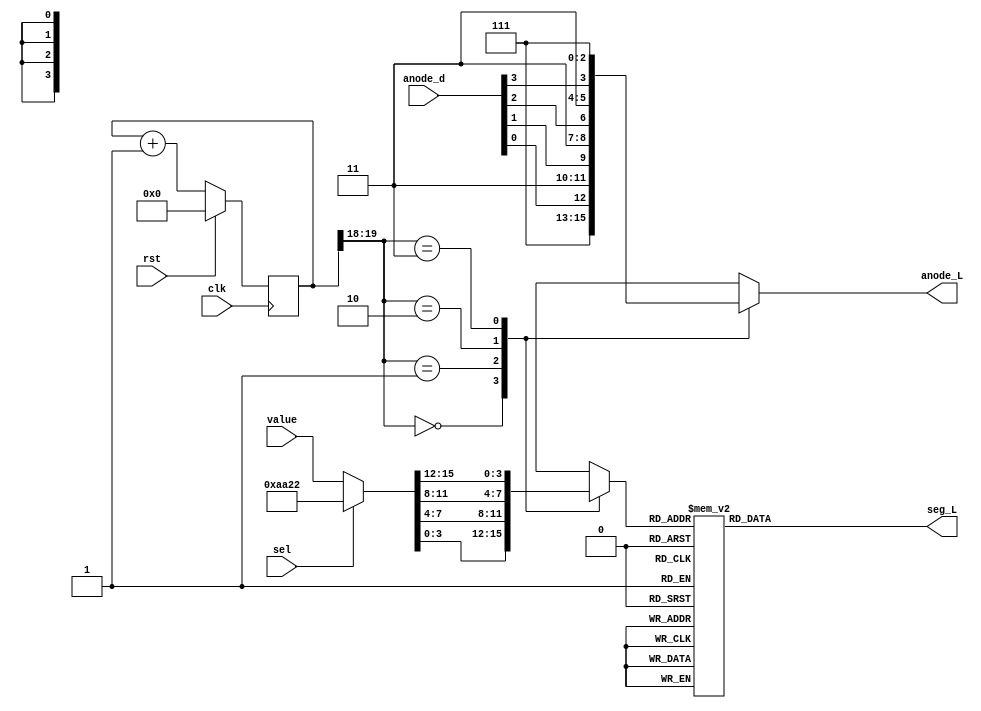
module seg7_driver(
    input clk,                  // 100Mz system clock
    input rst,                  // Active high rst
    input sel,                  // The sel input
    input [15:0] value,       // the 4 digits to be displayed (each 4-bits)
    input [3:0] anode_d,        // active low 4-bit anode driver. 0000 turns all ON.
    output reg [6:0] seg_L,     // 7-bit active low segment
    output reg [3:0] anode_L    // anode driver output to select the correct 7 seg display
    );

	wire [1:0] seg7_clk;
	wire [15:0] value_sel;
	reg [19:0] count;      
    reg [3:0] selnum;

    // This always block and the following assign statement generate
    // The Two bit SLOW clock, from the 100MHz system clock (clk) for the 7 seg anodes
    always@(posedge(clk))
	   if (rst)        // rst is the middle push button
		  count <= 20'b0;
	   else
		  count <= count+1'b1;
		  
	assign seg7_clk = count[19:18];	   // select the 2 MSBs to drive the 7 seg anodes
	assign value_sel = (sel) ? {8'hAA, benchNo_10, benchNo_1} : value;

	// This always block generates
	// 	1. The value displayed on each 7-seg display (selnum[3:0])
    //	2. The one-hot active low 7 seg display anode select signals (anode_L[3:0])
    always @ *          
    begin
         case (seg7_clk)    
            2'd0 :  begin
                        anode_L = {1'b1, 1'b1, 1'b1, anode_d[0]};
                        selnum = value_sel[3:0];
                    end
            2'd1 :  begin
                        anode_L = {1'b1, 1'b1, anode_d[1], 1'b1};
                        selnum = value_sel[7:4];
                    end
            2'd2 :  begin
                        anode_L = {1'b1, anode_d[2], 1'b1, 1'b1};
                        selnum = value_sel[11:8];
                    end
            2'd3 :  begin
                        anode_L = {anode_d[3], 1'b1, 1'b1, 1'b1};
                        selnum = value_sel[15:12];
                    end
        endcase
    end

// **************** You should NOT modify the code above ****************** //

// Enter your Bench Number here. If required, add the offset given
    wire [3:0] benchNo_10 = 4'd2;  // Enter the tens digit of YOUR bench number
    wire [3:0] benchNo_1 = 4'd2;   // Enter the ones digit of YOUR bench number


// the 7 -bit segments
    always @*
    begin
        case (selnum)
            4'd0  : seg_L = 7'b100_0000;
            4'd1  : seg_L = 7'b111_1001;
            4'd2  : seg_L = 7'b010_0100;
            4'd3  : seg_L = 7'b011_0000;            
            4'd4  : seg_L = 7'b001_1001;
            4'd5  : seg_L = 7'b001_0010;
            4'd6  : seg_L = 7'b000_0010;
            4'd7  : seg_L = 7'b111_1000;
            4'd8  : seg_L = 7'b000_0000;
            4'd9  : seg_L = 7'b001_0000;
            // comment out A to simulate space: new chr-str = "AACOFFEEA15A900D"
            // 4'd10 : seg_L = 7'b000_1000;
            4'd11 : seg_L = 7'b000_0011;
            4'd12 : seg_L = 7'b100_0110;
            4'd13 : seg_L = 7'b010_0001;
            4'd14 : seg_L = 7'b000_0110;
            4'd15 : seg_L = 7'b000_1110;        
            default:seg_L = 7'b111_1111;
        endcase
    end

endmodule